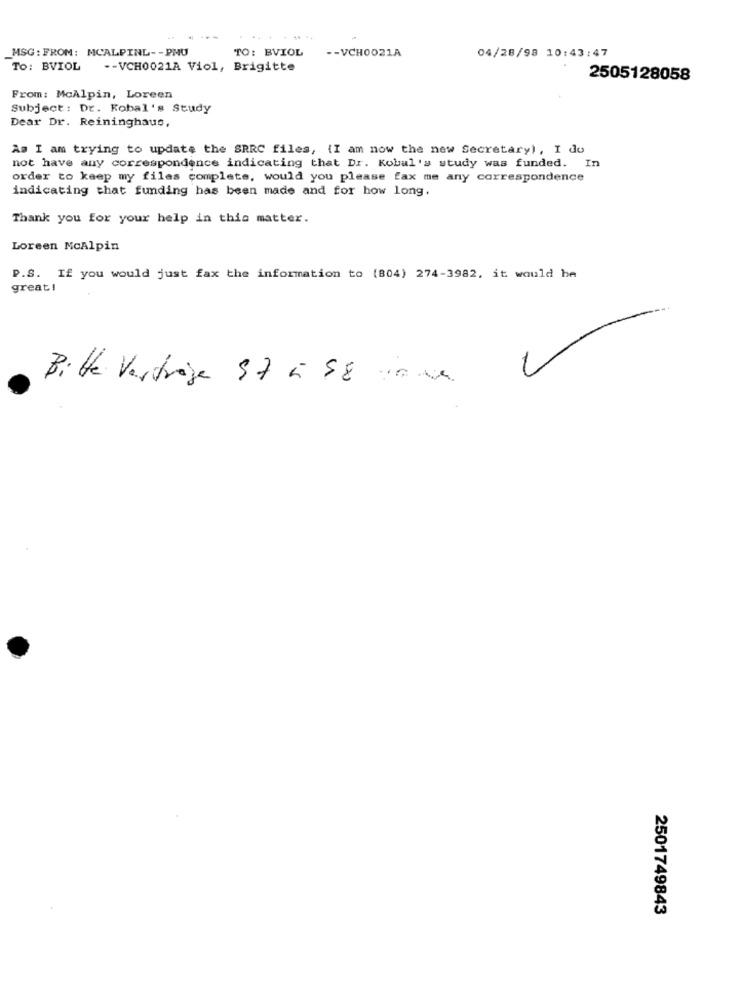
MSG : FROM: MCALPINL -- PMU
TO: BVIOL
-- VCH0021A
04/28/98 10:43:47
To: BVIOL
.- VCH0021A Viol, Brigitte
2505128058
From: McAlpin, Loreen
Subject: Dr. Kobal's Study
Dear Dr. Reininghaus,
As I am trying to update the SRRC files, {I am now the new Secretary), I do
not have any correspondence indicating that Dr. Kobal's study was funded. In
order to keep my files complete, would you please fax me any correspondence
indicating that funding has been made and for how long.
Thank you for your help in this matter.
Loreen McAlpin
P.S. If you would just fax the information to (804) 274-3982, it would he
great!
Bitte Vertrage 97 5 88 inne
2501749843